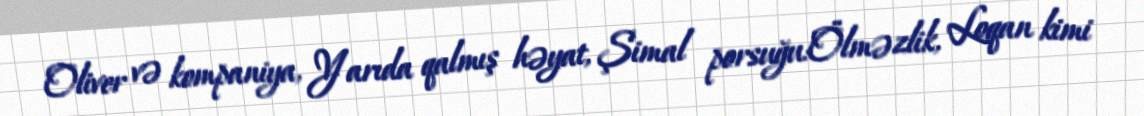
Oliver və kompaniya, Yarıda qalmış həyat, Şimal porsuğu:Ölməzlik, Loqan kimi